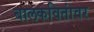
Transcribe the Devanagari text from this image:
बालकवितांवर